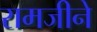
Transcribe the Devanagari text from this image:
रामजीने